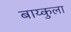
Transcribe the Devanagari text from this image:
बाय्कुला